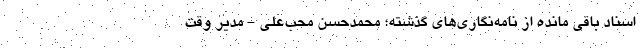
اسناد باقی مانده از نامه‌نگاری‌های گذشته؛ محمدحسن محب‌علی - مدیر وقت